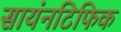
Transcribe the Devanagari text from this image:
सायंनटिफिक